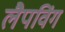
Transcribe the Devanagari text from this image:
लैपविंग